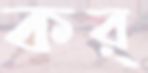
কর্